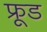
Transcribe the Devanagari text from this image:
फ्रूड